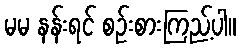
မမ နန်းရင် စဉ်းစားကြည့်ပါ။